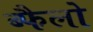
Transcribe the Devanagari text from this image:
ब्फैलो